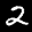
Label: 2